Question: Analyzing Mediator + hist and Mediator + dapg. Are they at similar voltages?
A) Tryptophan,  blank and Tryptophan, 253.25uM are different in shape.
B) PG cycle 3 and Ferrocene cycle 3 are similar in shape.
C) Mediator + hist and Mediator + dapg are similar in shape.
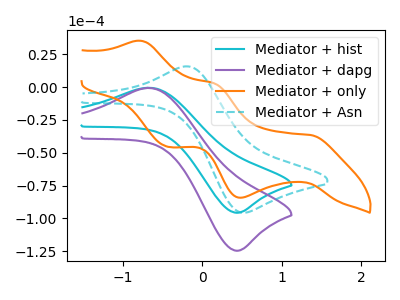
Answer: <think>The cyan curve "Mediator + hist" has an anodic peak at (-0.65V, -0.55uA) and a cathodic peak at (0.40V, -95.65uA). The purple curve "Mediator + dapg" has an anodic peak at (-0.65V, -0.70uA) and a cathodic peak at (0.40V, -124.55uA). The orange curve "Mediator + only" has anodic peaks at (-0.80V, 35.25uA) (0.15V, 2.85uA) and cathodic peaks at (1.35V, -36.50uA) (0.50V, -84.25uA) (-0.45V, -45.50uA). The cyan dashed curve "Mediator + Asn" has an anodic peak at (-0.15V, 15.70uA) and a cathodic peak at (0.50V, -95.65uA).
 All the peaks in "Mediator + hist" have a peak in "Mediator + dapg" at the same potential.</think>
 <answer>C) "Mediator + hist" and "Mediator + dapg" are similar in shape.</answer>
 <eval>C</eval>